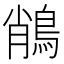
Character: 𪁎